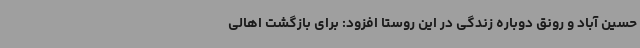
حسین آباد و رونق دوباره زندگی در این روستا افزود: برای بازگشت اهالی